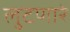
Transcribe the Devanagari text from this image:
लुटणारे